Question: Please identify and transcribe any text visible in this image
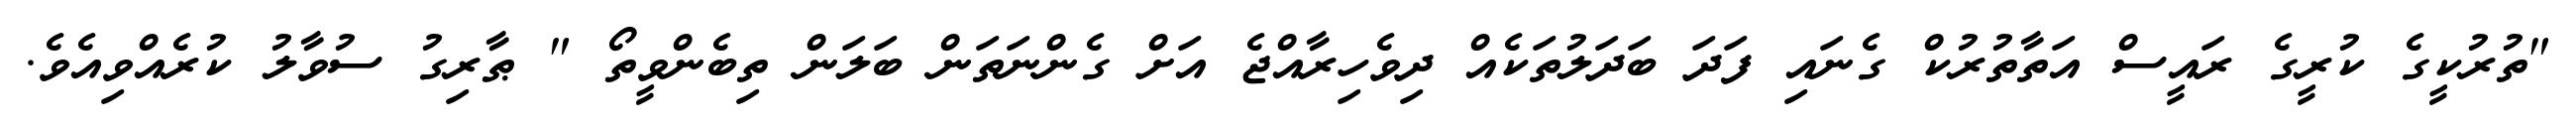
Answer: "ތުރުކީގެ ކުރީގެ ރައީސް އަތާތުރުކް ގެނައި ފަދަ ބަދަލުތަކެއް ދިވެހިރާއްޖެ އަށް ގެންނަތަން ބަލަން ތިބެންވީތޯ " ޠާރިގު ސުވާލު ކުރެއްވިއެވެ.